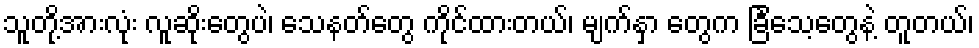
သူတို့အားလုံး လူဆိုးတွေပဲ၊ သေနတ်တွေ ကိုင်ထားတယ်၊ မျက်နှာ တွေက ခြင်္သေ့တွေနဲ့ တူတယ်၊